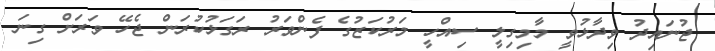
ޖުނައިދު ވިދާޅުވީ މާމިގިލީ ސިއްހީ މަރުކަޒުގެ ފެންވަރު ރަގަޅުކުރަން ޖެހޭ ވަރަށް ގިނަ